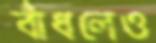
বাঁধলেও